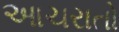
આચરાતો